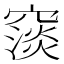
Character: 䆱